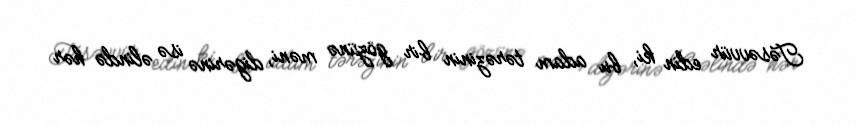
Təsəvvür edin ki, bu adam tərəzinin bir gözünə məni, digərinə isə əlində hər